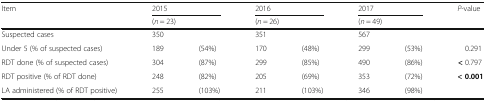
<table><thead><tr><td rowspan="2"><b>Item</b></td><td colspan="2"><b>2015</b></td><td colspan="2"><b>2016</b></td><td colspan="2"><b>2017</b></td><td rowspan="2"><b><i>P</i>-value</b></td></tr><tr><td colspan="2"><b>(<i>n</i> = 23)</b></td><td colspan="2"><b>(<i>n</i> = 26)</b></td><td colspan="2"><b>(<i>n</i> = 49)</b></td></tr></thead><tbody><tr><td>Suspected cases</td><td>350</td><td></td><td>351</td><td></td><td>567</td><td></td><td></td></tr><tr><td>Under 5 (% of suspected cases)</td><td>189</td><td>(54%)</td><td>170</td><td>(48%)</td><td>299</td><td>(53%)</td><td>0.291</td></tr><tr><td>RDT done (% of suspected cases)</td><td>304</td><td>(87%)</td><td>299</td><td>(85%)</td><td>490</td><td>(86%)</td><td><b>&lt;</b> 0.797</td></tr><tr><td>RDT positive (% of RDT done)</td><td>248</td><td>(82%)</td><td>205</td><td>(69%)</td><td>353</td><td>(72%)</td><td><b>&lt; 0.001</b></td></tr><tr><td>LA administered (% of RDT positive)</td><td>255</td><td>(103%)</td><td>211</td><td>(103%)</td><td>346</td><td>(98%)</td><td></td></tr></tbody></table>